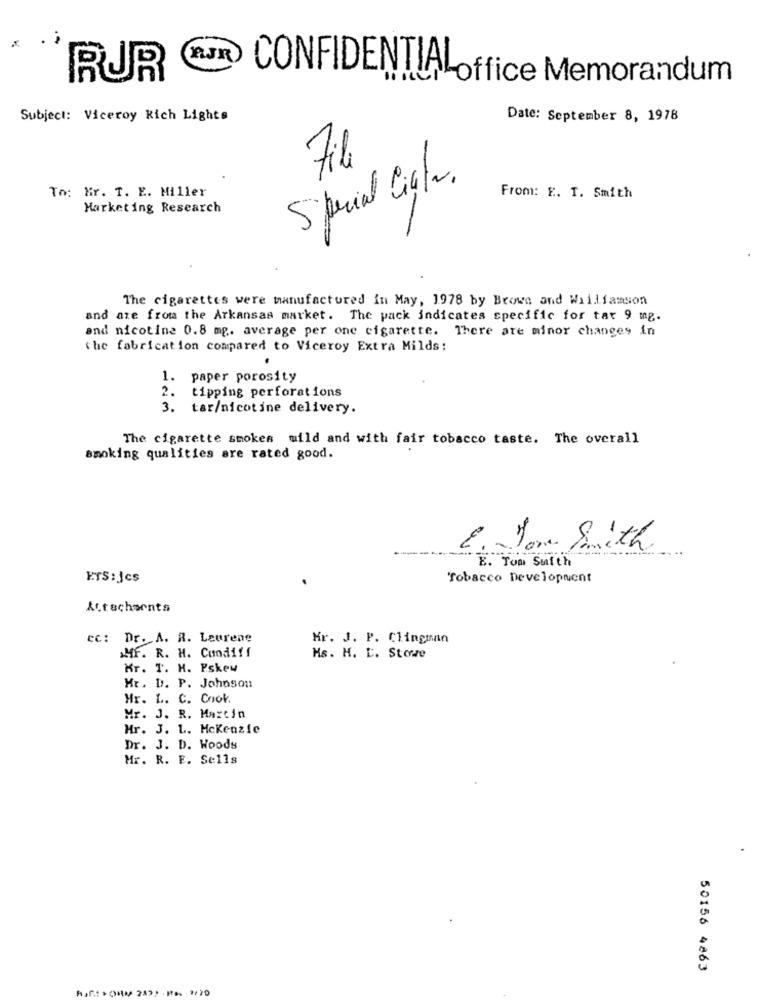
RUR
CONFIDENTIAL
-office Memorandum
Subject: Viceroy Kich Lights
Date: September 8, 1978
File
Special ligh.
To: Mr. T. E. Miller
From: E. T. Smith
Marketing Research
The cigarettes were manufactured in May, 1978 by Brown and Williamson
and are from the Arkansas market. The pack indicates specific for tar 9 mg.
and nicotine 0.8 mg. average per one cigarette. There are minor changes in
the fabrication compared to Viceroy Extra Milds:
1. paper porosity
tipping perforations
2.
3. tar/nicotine delivery.
The cigarette smokes mild and with fair tobacco taste. The overall
smoking qualities are rated good.
I .- Jon Smith
E. Tom Sulth
ETS : Jcs
Tobacco Development
Attachments
cc: Dr. A. R. Leurene
Mr. J. P. Clingman
MF. R. H. Cundiff
Hs. H. C. Stowe
Kr. T. H. Pskew
Hr. D. P. Johnson
Hr. L. C. Cook.
Mr. J. R. Martin
Mr. J. L. Mckenzie
Dr. J. D. Woods
Mr. R. E. Sells
50156 4863